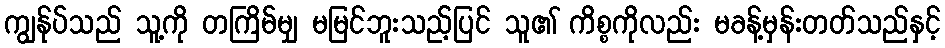
ကျွန်ုပ်သည် သူ့ကို တကြိမ်မျှ မမြင်ဘူးသည့်ပြင် သူ၏ ကိစ္စကိုလည်း မခန့်မှန်းတတ်သည်နှင့်